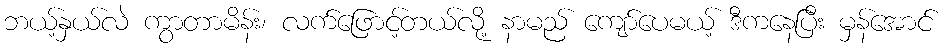
ဘယ့်နှယ်လဲ ကွာတာမိန်း၊ လက်ဖြောင့်တယ်လို့ နာမည် ကျော်ပေမယ့် ဒီကနေပြီး မှန်အောင်